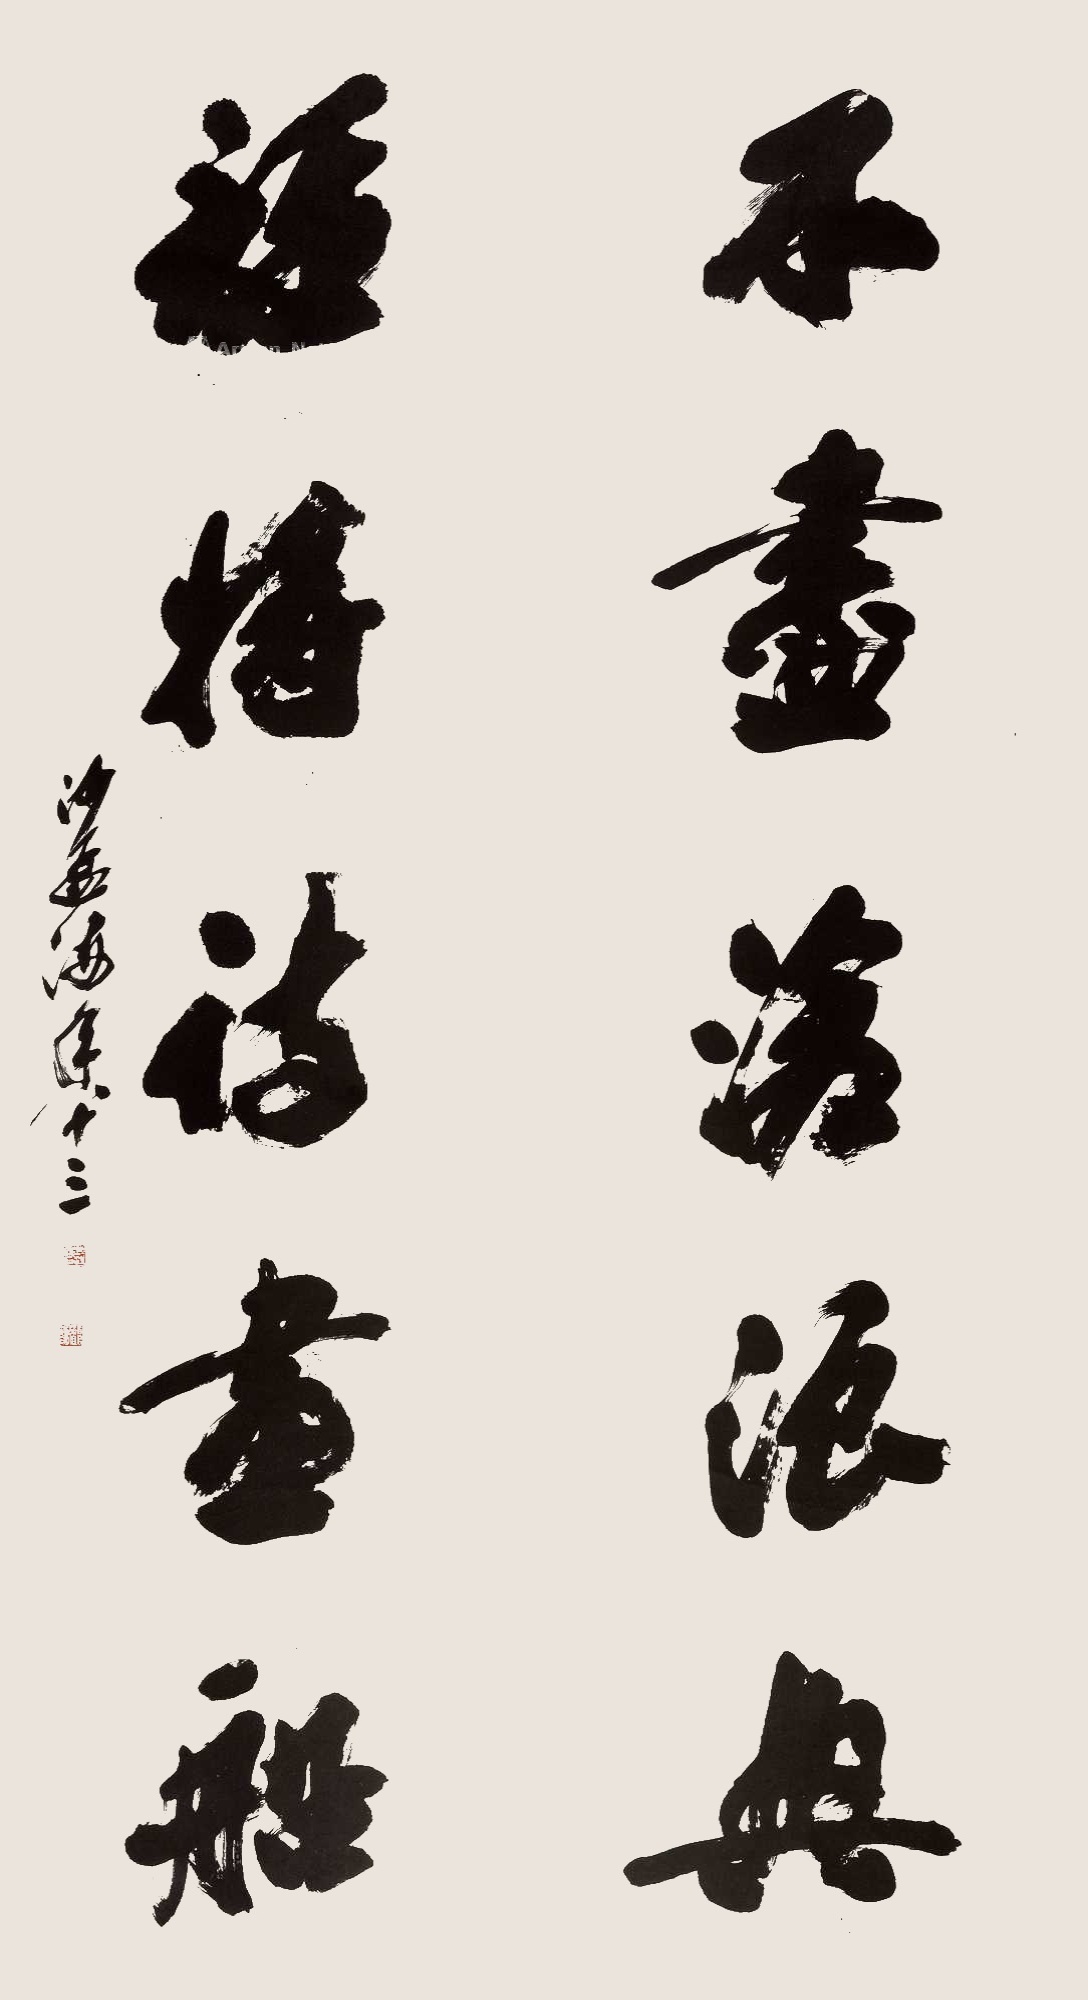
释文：不尽沧浪兴，谁将诗画船。沙孟海年八十三。